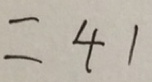
= 4 1